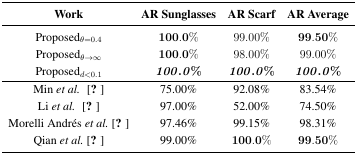
<table><thead><tr><td><b>Work</b></td><td><b>AR Sunglasses</b></td><td><b>AR Scarf</b></td><td><b>AR Average</b></td></tr></thead><tbody><tr><td>Proposed<i><sub>θ</sub></i><sub>=0.4</sub></td><td><b>100.0</b>%</td><td>99.00%</td><td><b>99.50</b>%</td></tr><tr><td>Proposed<i><sub>θ</sub></i><sub>→∞</sub></td><td><b>100.0</b>%</td><td>98.00%</td><td>99.00%</td></tr><tr><td>Proposed<i><sub>d</sub></i><sub>&lt;0.1</sub></td><td><b><i>100.0</i>%</b></td><td><b><i>100.0</i>%</b></td><td><b><i>100.0</i>%</b></td></tr><tr><td>Min <i>et al.</i> [5]</td><td>75.00%</td><td>92.08%</td><td>83.54%</td></tr><tr><td>Li <i>et al.</i> [6]</td><td>97.00%</td><td>52.00%</td><td>74.50%</td></tr><tr><td>Morelli Andrés <i>et al.</i> [46]</td><td>97.46%</td><td>99.15%</td><td>98.31%</td></tr><tr><td>Qian <i>et al.</i> [23]</td><td>99.00%</td><td><b>100.0</b>%</td><td><b>99.50</b>%</td></tr></tbody></table>